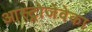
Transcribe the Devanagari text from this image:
आस्ट्रोजेवेका